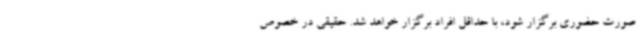
صورت حضوری برگزار شود، با حداقل افراد برگزار خواهد شد. حقیقی در خصوص